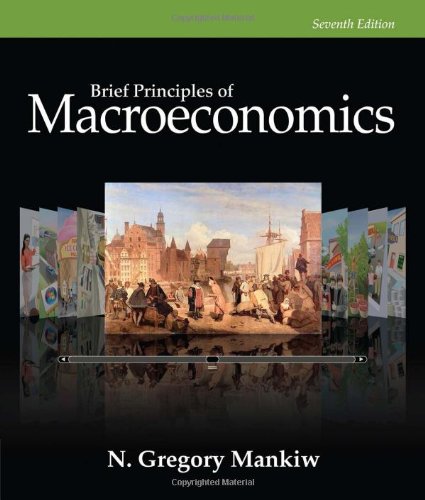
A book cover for Brief Principles of Macroeconomics; N. Gregory Mankiw; Business & Money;